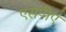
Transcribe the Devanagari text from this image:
एसपीए